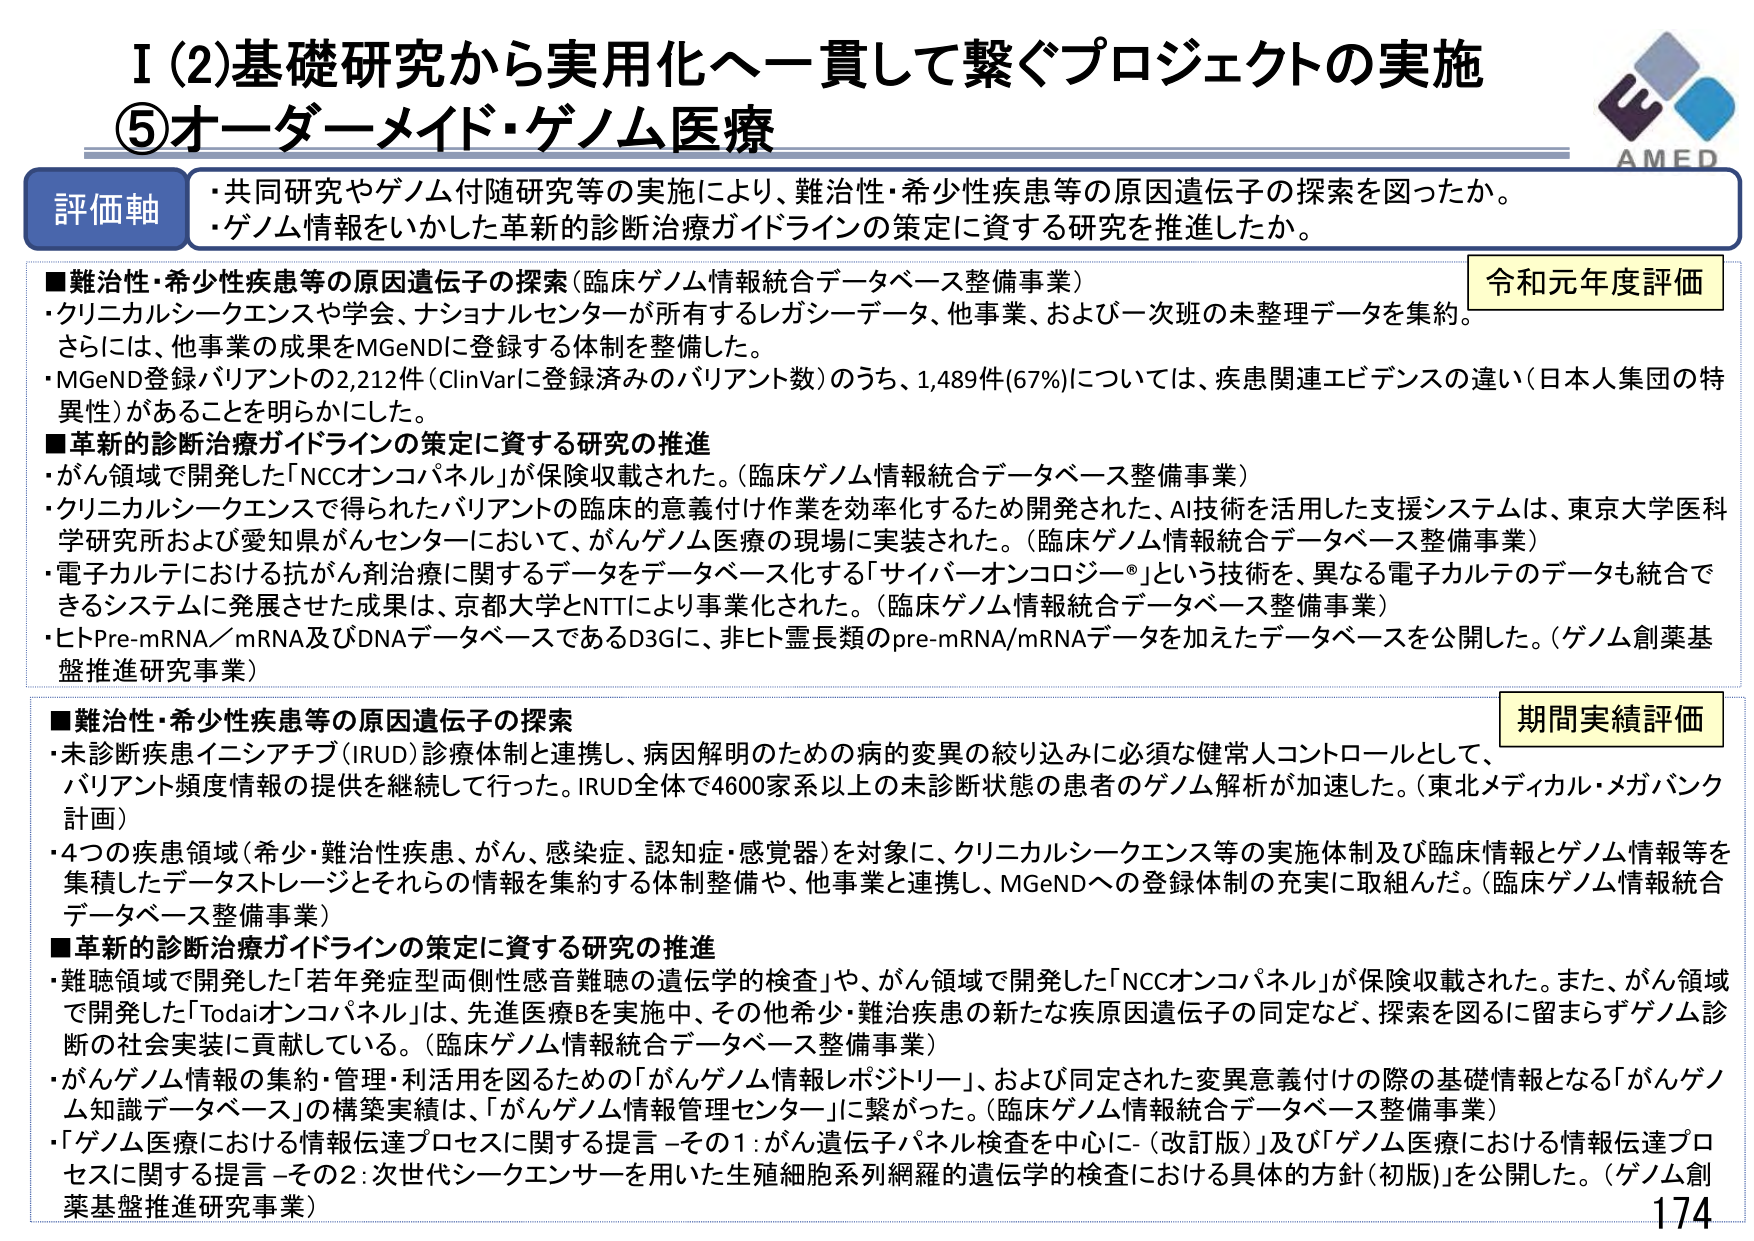
I (2) 基礎研究から実用化へ一貫して繋ぐプロジェクトの実施
⑤ オーダーメイド・ゲノム医療

評価軸
・共同研究やゲノム付随研究等の実施により、難治性・希少性疾患等の原因遺伝子の探索を図ったか。
・ゲノム情報をいかした革新的診断治療ガイドラインの策定に資する研究を推進したか。

■難治性・希少性疾患等の原因遺伝子の探索（臨床ゲノム情報統合データベース整備事業）
・クリニカルシークエンスや学会、ナショナルセンターが所有するレガシーデータ、他事業、および一次班の未整理データを集約。
さらに、他事業の成果をMGeNDに登録する体制を整備した。
・MGeND登録バリアントの2,212件（ClinVarに登録済みのバリアント数）のうち、1,489件（67%）については、疾患関連エビデンスの違い（日本人集団の特異性）があることを明らかにした。

■革新的診断治療ガイドラインの策定に資する研究の推進
・がん領域で開発した「NCCオンコパネル」が保険収載された。（臨床ゲノム情報統合データベース整備事業）
・クリニカルシークエンスで得られたバリアントの臨床的意義付け作業を効率化するため開発された、AI技術を活用した支援システムは、東京大学医学研究所および愛知県がんセンターにおいて、がんゲノム医療の現場に実装された。（臨床ゲノム情報統合データベース整備事業）
・電子カルテにおける抗がん剤治療に関するデータをデータベース化する「サイバーオンコロジー®」という技術を、異なる電子カルテのデータも統合できるシステムに発展させた成果は、京都大学とNTTにより事業化された。（臨床ゲノム情報統合データベース整備事業）
・ヒトPre-mRNA／mRNA及びDNAデータベースであるD3Gに、非ヒト霊長類のpre-mRNA/mRNAデータを加えたデータベースを公開した。（ゲノム創薬基盤推進研究事業）

■難治性・希少性疾患等の原因遺伝子の探索
・未診断疾患イニシアチブ（IRUD）診療体制と連携し、病因解明のための病的変異の絞り込みに必須な健常人コントロールとして、バリアント頻度情報の提供を継続して行った。IRUD全体で4600家系以上の未診断状態の患者のゲノム解析が加速した。（東北メディカル・メガバンク計画）
・4つの疾患領域（希少・難治性疾患、がん、感染症、認知症・感覚器）を対象に、クリニカルシークエンス等の実施体制及び臨床情報とゲノム情報等を集積したデータストレージとそれらの情報を集約する体制整備や、他事業と連携し、MGeNDへの登録体制の充実に取組んだ。（臨床ゲノム情報統合データベース整備事業）

■革新的診断治療ガイドラインの策定に資する研究の推進
・難聴領域で開発した「若年発症型両側性感音難聴の遺伝学的検査」や、がん領域で開発した「NCCオンコパネル」が保険収載された。また、がん領域で開発した「Todaiオンコパネル」は、先進医療Bを実施中、その他希少・難治疾患の新たな疾原因遺伝子の同定など、探索を図るに留まらずゲノム診断の社会実装に貢献している。（臨床ゲノム情報統合データベース整備事業）
・がんゲノム情報の集約・管理・利活用を図るための「がんゲノム情報レポジトリ」、および同定された変異意義付けの際の基礎情報となる「がんゲノム知識データベース」の構築実績は、「がんゲノム情報管理センター」に繋がった。（臨床ゲノム情報統合データベース整備事業）
・「ゲノム医療における情報伝達プロセスに関する提言－その1：がん遺伝子パネル検査を中心に－（改訂版）」及び「ゲノム医療における情報伝達プロセスに関する提言－その2：次世代シークエンサーを用いた生殖細胞系列網羅的遺伝学的検査における具体的方針（初版）」を公開した。（ゲノム創薬基盤推進研究事業）

令和元年度評価
期間実績評価

AMED
174